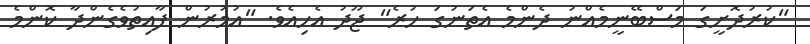
"ކުރުދޮށީގަ މަސްބޭނީމެއްނު ދެންމެ އެތަނުގަ ހުރެ" ޖޫދު އެހިއެވެ. "އުމުރުން ފާއިތުވެގެންދާ ކޮންމެ